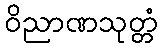
ဝိညာဏသုတ္တံ